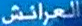
العرائش